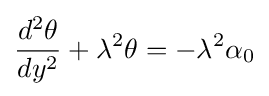
{\frac {d^{2}\theta }{dy^{2}}}+\lambda ^{2}\theta =-\lambda ^{2}\alpha _{0}